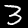
Digit: 3